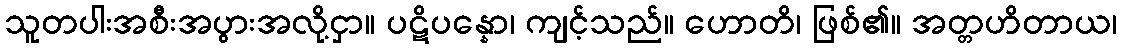
သူတပါးအစီးအပွားအလို့ငှာ။ ပဋိပန္နော၊ ကျင့်သည်။ ဟောတိ၊ ဖြစ်၏။ အတ္တဟိတာယ၊